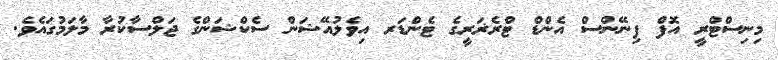
މިނިސްޓްރީ އޮފް ފިނޭންސް އެންޑް ޓްރެޜަރީގެ ޓެންޑަރ އިވެލުއޭޝަން ސެކްޝަންގެ ޖަލްސާކުރާ މާލަމުގައެވެ.